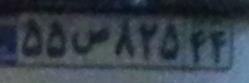
۵۵س۸۲۵۴۴